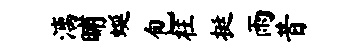
漓晡蜒包柱挺雨昔